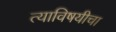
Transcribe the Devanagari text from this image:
त्याविषयीचा